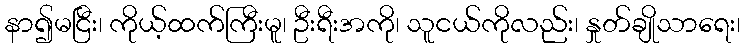
နာ၍မငြီး၊ ကိုယ့်ထက်ကြီးမူ၊ ဦးရီးအကို၊ သူငယ်ကိုလည်း၊ နှုတ်ချိုသာရေး၊